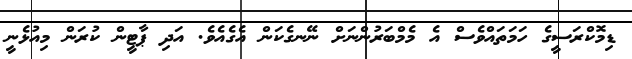
ޑިމޮކްރަސީގެ ހަމަތައްވެސް އެ މެމްބަރުންނަށް ނޭނގެކަން އެގެއެވެ. އަދި ޕާޓީން ކުރަން މިއުޅެނީ